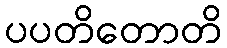
ပပတိတောတိ